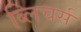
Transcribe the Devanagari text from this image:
ब्लिचर्स